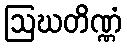
ဩဃတိဏ္ဏံ